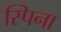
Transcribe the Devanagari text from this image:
स्पिना